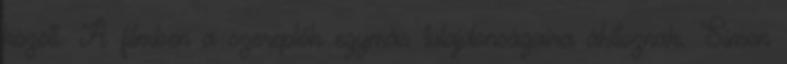
között. A filmben a szereplők egymás tulajdonságaira áhítoznak. Simon